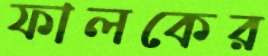
ফালকের